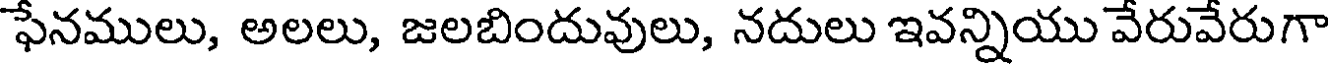
ఫేనములు, అలలు, జలబిందువులు, నదులు ఇవన్నియు వేరువేరుగా